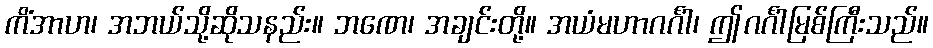
ကိံအာဟ၊ အဘယ်သို့ဆိုသနည်း။ ဘဏေ၊ အချင်းတို့။ အယံမဟာဂင်္ဂါ၊ ဤဂင်္ဂါမြစ်ကြီးသည်။